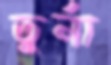
তুর্না